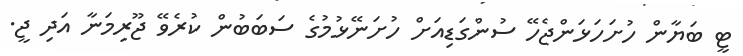
ޓީ ބަޔާން ހުށަހަޅަންޖެހޭ ސުންގަޑިއަށް ހުށަނޭޅުމުގެ ސަބަބުން ކުރެވޭ ޖޫރިމަނާ އަދި ޖީ.